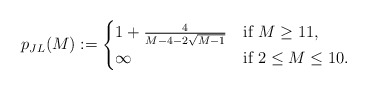
\begin{align*}p_{JL}(M):=\begin{cases}1+\frac{4}{M-4-2\sqrt{M-1}} & \textrm{if}\ M\ge 11,\\\infty & \textrm{if}\ 2\le M\le 10.\end{cases}\end{align*}